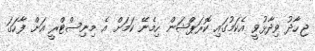
ޖިހާދު ވިދާޅުވީ އެކަމުގައި ކޮރަޕްޝަން ހިމެނޭ ކަމަށް އެ މިނިސްޓްރީ އަށް ފާހަގަ